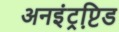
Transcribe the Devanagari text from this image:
अनइंट्रप्टि़ड